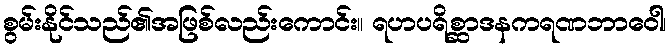
စွမ်းနိုင်သည်၏အဖြစ်လည်းကောင်း။ ရဟပရိစ္ဆာဒနကရဏဘာဝေါ၊